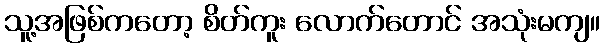
သူ့အဖြစ်ကတော့ စိတ်ကူး လောက်တောင် အသုံးမကျ။